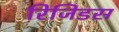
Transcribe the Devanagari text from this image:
रिजिडस